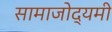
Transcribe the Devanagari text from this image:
सामाजोद्यमी